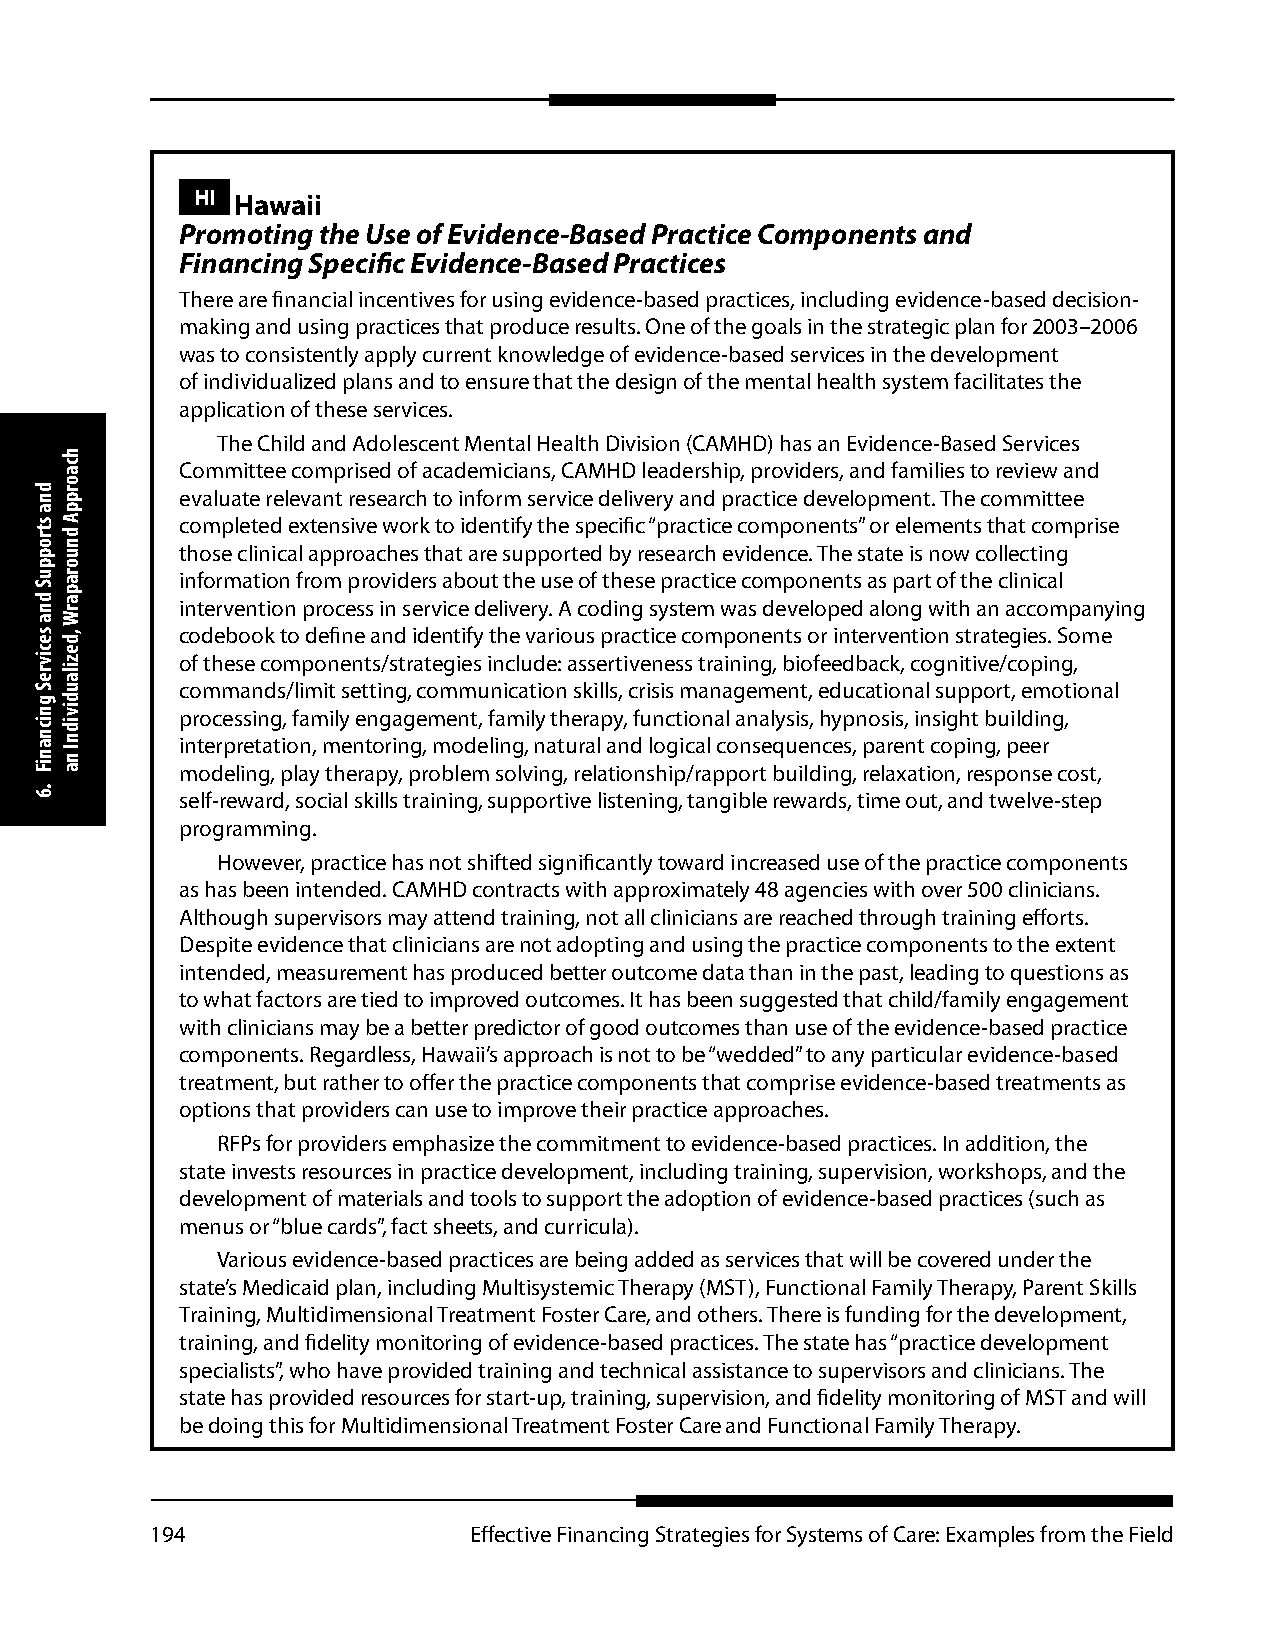
HI Hawaii
 Promoting the Use of Evidence-Based Practice Components and
 Financing Specific Evidence-Based Practices
 There are financial incentives for using evidence-based practices, including evidence-based decision-
 making and using practices that produce results. One of the goals in the strategic plan for 2003–2006
 was to consistently apply current knowledge of evidence-based services in the development
 of individualized plans and to ensure that the design of the mental health system facilitates the
 application of these services.
 The Child and Adolescent Mental Health Division (CAMHD) has an Evidence-Based Services
 Committee comprised of academicians, CAMHD leadership, providers, and families to review and
 evaluate relevant research to inform service delivery and practice development. The committee
 completed extensive work to identify the specific “practice components” or elements that comprise
 those clinical approaches that are supported by research evidence. The state is now collecting
 information from providers about the use of these practice components as part of the clinical
 intervention process in service delivery. A coding system was developed along with an accompanying
 codebook to define and identify the various practice components or intervention strategies. Some
 of these components/strategies include: assertiveness training, biofeedback, cognitive/coping,
 commands/limit setting, communication skills, crisis management, educational support, emotional
 processing, family engagement, family therapy, functional analysis, hypnosis, insight building,
 interpretation, mentoring, modeling, natural and logical consequences, parent coping, peer
 modeling, play therapy, problem solving, relationship/rapport building, relaxation, response cost,
 self-reward, social skills training, supportive listening, tangible rewards, time out, and twelve-step
 programming.
 However, practice has not shifted significantly toward increased use of the practice components
 as has been intended. CAMHD contracts with approximately 48 agencies with over 500 clinicians.
 Although supervisors may attend training, not all clinicians are reached through training efforts.
 Despite evidence that clinicians are not adopting and using the practice components to the extent
 intended, measurement has produced better outcome data than in the past, leading to questions as
 to what factors are tied to improved outcomes. It has been suggested that child/family engagement
 with clinicians may be a better predictor of good outcomes than use of the evidence-based practice
 components. Regardless, Hawaii’s approach is not to be “wedded” to any particular evidence-based
 treatment, but rather to offer the practice components that comprise evidence-based treatments as
 options that providers can use to improve their practice approaches.
 RFPs for providers emphasize the commitment to evidence-based practices. In addition, the
 state invests resources in practice development, including training, supervision, workshops, and the
 development of materials and tools to support the adoption of evidence-based practices (such as
 menus or “blue cards”, fact sheets, and curricula).
 Various evidence-based practices are being added as services that will be covered under the
 state’s Medicaid plan, including Multisystemic Therapy (MST), Functional Family Therapy, Parent Skills
 Training, Multidimensional Treatment Foster Care, and others. There is funding for the development,
 training, and fidelity monitoring of evidence-based practices. The state has “practice development
 specialists”, who have provided training and technical assistance to supervisors and clinicians. The
 state has provided resources for start-up, training, supervision, and fidelity monitoring of MST and will
 be doing this for Multidimensional Treatment Foster Care and Functional Family Therapy.
 194                  Effective Financing Strategies for Systems of Care: Examples from the Field
 dna
 stroppuS
 dna
 secivreS
 gnicnaniF
 .6
 hcaorppA
 dnuoraparW
 ,dezilaudividnI
 na